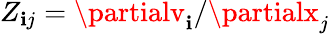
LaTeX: Z_{\mathbf{i}j}=\partialv_{\mathbf{i}}/\partialx_{j}